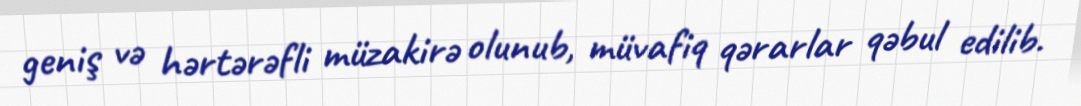
geniş və hərtərəfli müzakirə olunub, müvafiq qərarlar qəbul edilib.